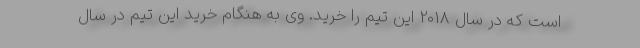
است که در سال 2018 این تیم را خرید. وی به هنگام خرید این تیم در سال